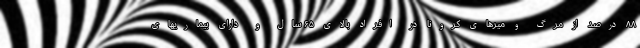
۸۸ درصد از مرگ و میرهای کرونا در افراد بالای ۶۵ سال و دارای بیماریهای